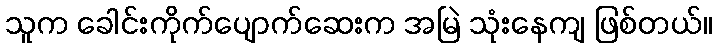
သူက ခေါင်းကိုက်ပျောက်ဆေးက အမြဲ သုံးနေကျ ဖြစ်တယ်။